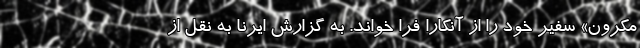
مکرون» سفیر خود را از آنکارا فرا خواند. به گزارش ایرنا به نقل از